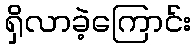
ရှိလာခဲ့ကြောင်း